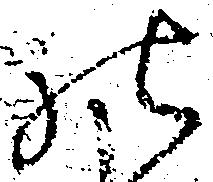
の